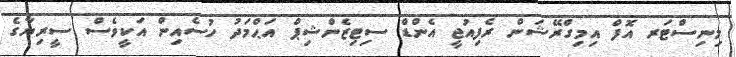
މިނިސްޓަރ އޮފް އިމިގްރޭޝަން ރެފިއުޖީ އެންޑް ސިޓިޒެންޝިޕް އަޙްމަދު ހުސެއިން އަކީވެސް ސީރިޔާގެ